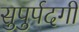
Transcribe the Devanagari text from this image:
सुपुर्पदगी